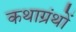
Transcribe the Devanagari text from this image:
कथाग्रंथों